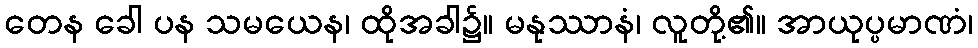
တေန ခေါ ပန သမယေန၊ ထိုအခါ၌။ မနုဿာနံ၊ လူတို့၏။ အာယုပ္ပမာဏံ၊